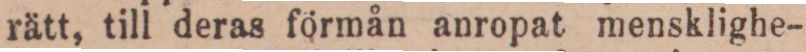
rätt, till deras förmån anropat mensklighe-